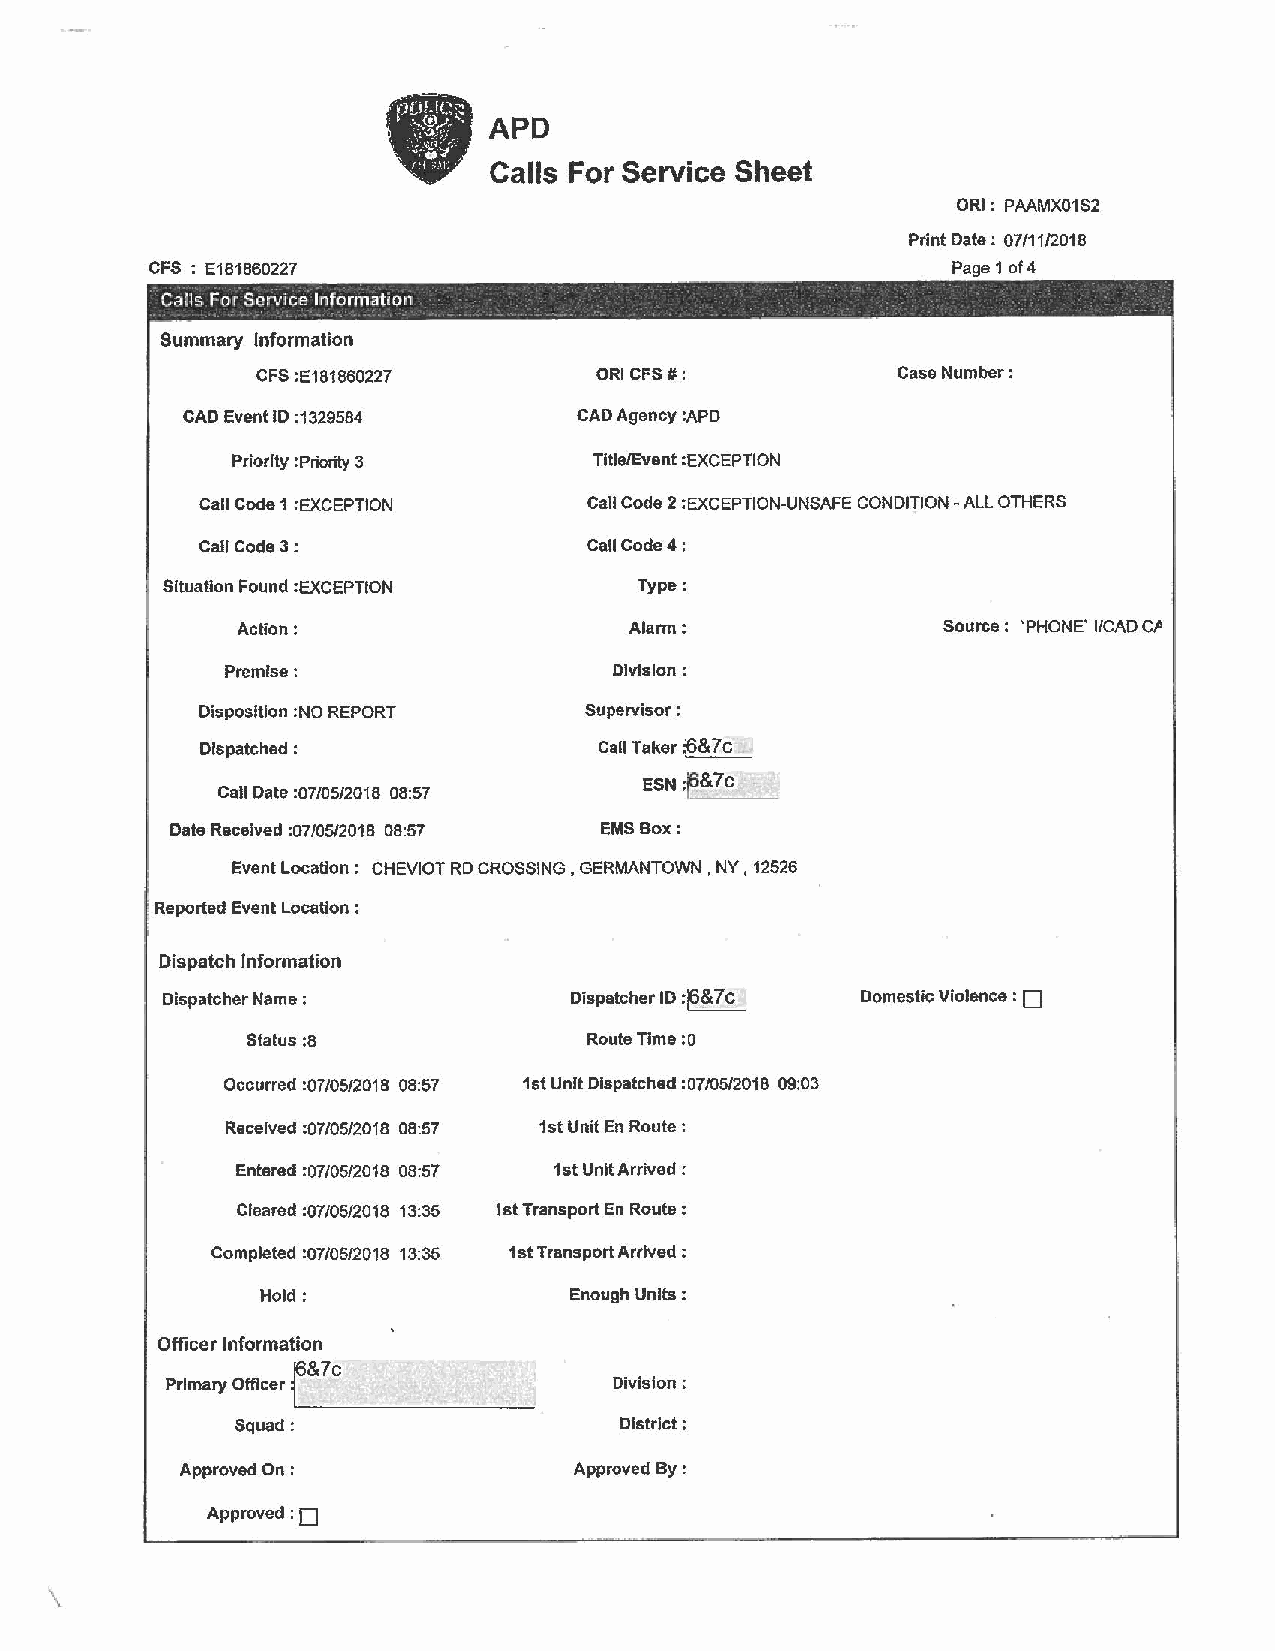
APD
 Calls For Service Sheet
 ORI: PAAMX01S2
 Print Date: 07/11/2018
 CFS; E181860227                                      Page 1 of4
 -          -
 Calls For Service Information
 -   -- - .    '                             - .
 Summary Information
 CFS :E181860227       ORI CFS#:           Case Number:
 CAD Event ID :1329584     CAD Agency :APO
 Priority :Priority 3    Title/Event :EXCEPTION
 Call Code 1 :EXCEPTION    Call Code 2 :EXCEPTION-UNSAFE CONDITION -ALL OTHERS
 Call Code3:               Call Code4:
 Situation Found :EXCEPTION     Type:
 Action:                   Alarm:              Source: 'PHONE' I/CAD GP
 Premise:                 Division:
 Disposition :NO REPORT    Supervisor :
 Dispatched :               Call Taker ;6&7c
 ESN t _&?_c_ _
 Call Date :07/05/2018 08:57
 Date Received :07/05/2018 08:57 EMS Box:
 Event Location : CHEVIOT RD CROSSING , GERMANTOWN , NY, 12526
 . Reported Event Location :
 Dispatch Information
 D
 Dispatcher Name :          Dispatcher ID :~&7c Domestic Violence :
 Status :a              Route Time : O
 Occurred :07/05/2018 08:57 1st Unit Dispatched :07/05/2018 09:03
 Received :07/05/2018 08:57 1st Unit En Route:
 Entered :07/05/2018 08:57 1st Unit Arrived :
 Cleared :07/05/2018 13:35 1st Transport En Route:
 Completed :07/05/2018 13:35 1st Transport Arrived;
 Hold:                Enough Units :
 Officer Information
 r
 &7c
 Division:
 Primary Officer '---------=----~...1
 Squad:                    Dlstrlct:
 Approved On :             Approved By :
 D
 Approved:
 \